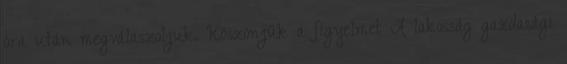
óra után megválaszoljuk. Köszönjük a figyelmet A lakosság gazdasági